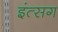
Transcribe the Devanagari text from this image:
इंत्सग